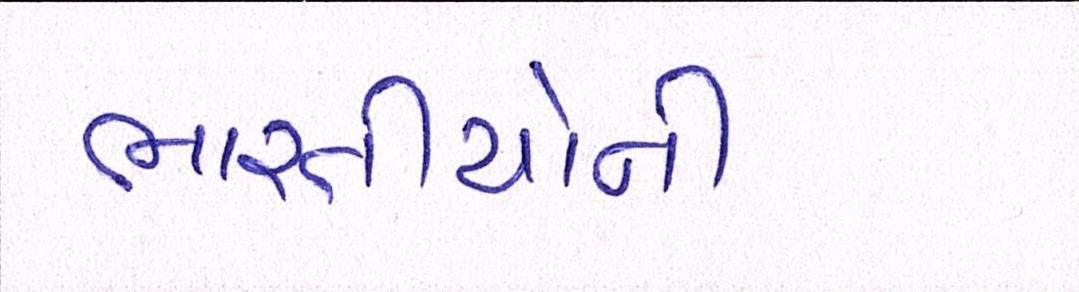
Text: ભારતીયોની